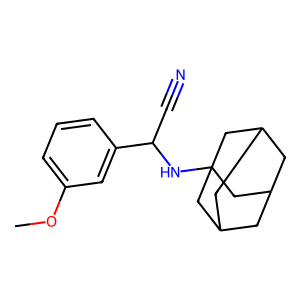
SMILES: COc1cccc(C(C#N)NC23CC4CC(CC(C4)C2)C3)c1
Inhibits HIV replication: No